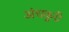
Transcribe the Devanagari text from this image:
अंधकुरी